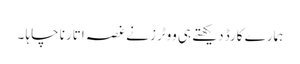
ہمارے کارڈ دیکھتے ہی ووٹرز نے غصہ اتارنا چاہا ۔